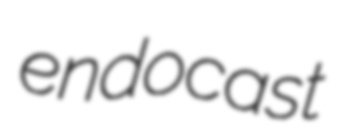
endocast